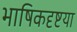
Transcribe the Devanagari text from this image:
भाषिकदृष्टया